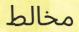
مخالط